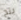
بنج